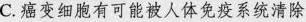
C.癌变细胞有可能被人体免疫系统清除